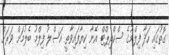
ގޮތުގައި ހަދާ ފިލްމުގެ ސްކްރިޕްޓް އޭނާ ކިޔާފައިވާތީ އަސްލު ފިލްމު ބެލުމަށް ވަރަށް